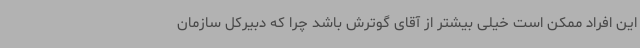
این افراد ممکن است خیلی بیشتر از آقای گوترش باشد چرا که دبیرکل سازمان